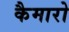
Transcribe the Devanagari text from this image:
कैमारो